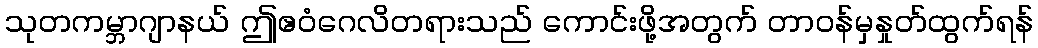
သုတကမ္ဘာဂျာနယ် ဤဧဝံဂေလိတရားသည် ကောင်းဖို့အတွက် တာဝန်မှနှုတ်ထွက်ရန်